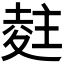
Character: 𭐨